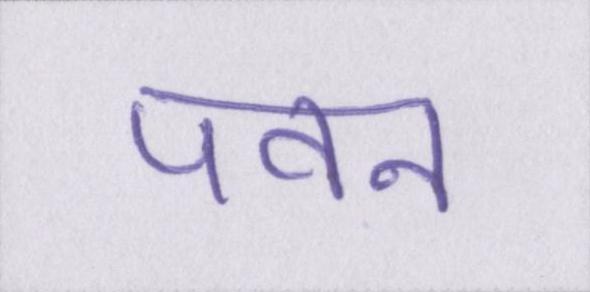
पवन